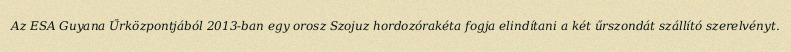
Az ESA Guyana Űrközpontjából 2013-ban egy orosz Szojuz hordozórakéta fogja elindítani a két űrszondát szállító szerelvényt.